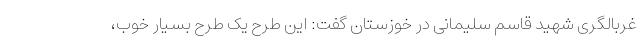
غربالگری شهید قاسم سلیمانی در خوزستان گفت: این طرح یک طرح بسیار خوب،